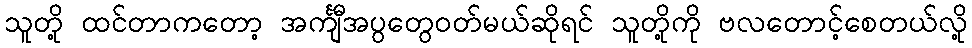
သူတို့ ထင်တာကတော့ အင်္ကျီအပွတွေဝတ်မယ်ဆိုရင် သူတို့ကို ဗလတောင့်စေတယ်လို့